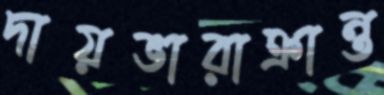
দায়ভারাক্রান্ত